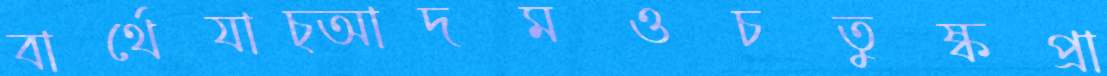
বার্থেযাচ্‌আদমওচতুষ্কপ্রা